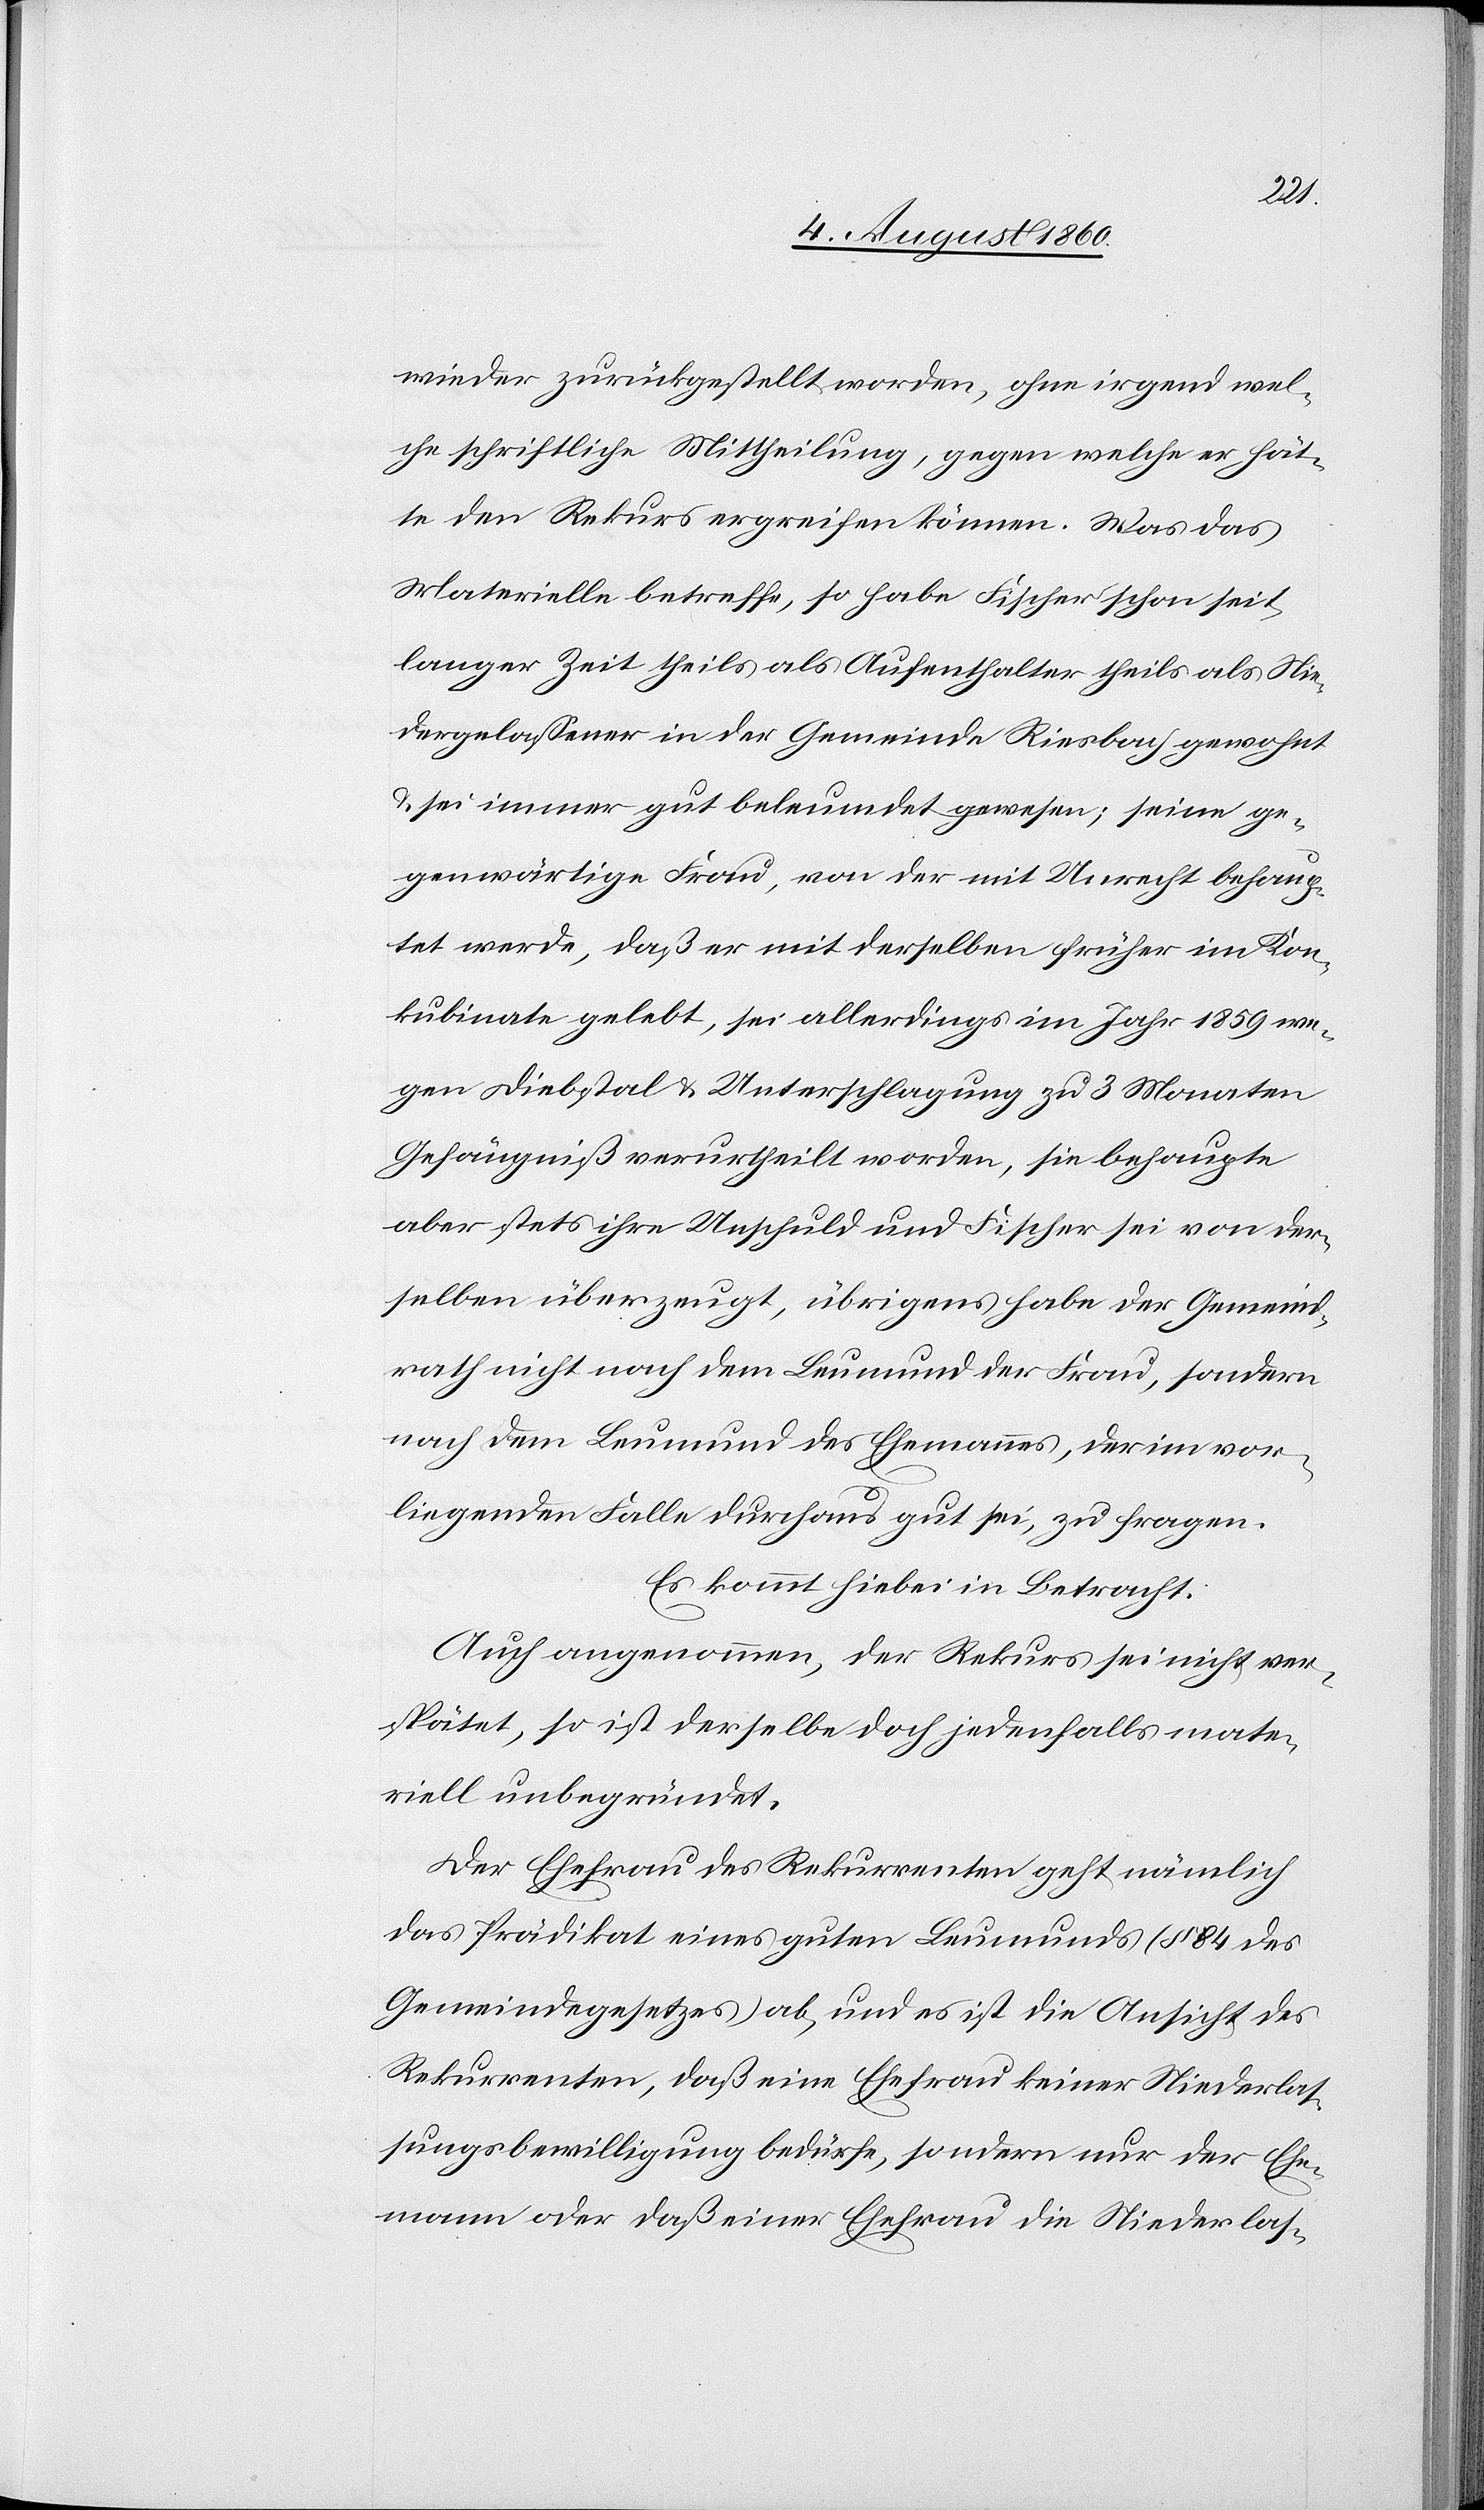
wieder zurückgestellt worden, ohne irgend wel¬
che schriftliche Mittheilung, gegen welche er hät¬
te den Rekurs ergreifen können. Was das
Materielle betreffe, so habe Fischer schon seit
langer Zeit theils als Aufenthalter theils als Nie¬
dergelassener in der Gemeinde Riesbach gewohnt
u. sei immer gut beleumdet gewesen; seine ge¬
genwärtige Frau, von der mit Unrecht behaup¬
tet werde, daß er mit derselben früher im Kon¬
kubinate gelebt, sei allerdings im Jahr 1859 we¬
gen Diebstal & Unterschlagung zu 3 Monaten
Gefängniss verurtheilt worden, sie behaupte
aber stets ihre Unschuld und Fischer sei von der¬
selben überzeugt; übrigens habe der Gemeind¬
rath nicht nach dem Leumund der Frau, sondern
nach dem Leumund des Ehemannes, der im vor¬
liegenden Falle durchaus gut sei, zu fragen.
Es kommt hiebei in Betracht:
Auch angenommen, der Rekurs sei nicht ver¬
spätet, so ist derselbe doch jedenfalls mate¬
riell unbegründet.
Der Ehefrau des Rekurrenten geht nämlich
das Prädikat eines guten Leumunds (§. 84. des
Gemeindegesetzes) ab, und es ist die Ansicht des
Rekurrenten, dass eine Ehefrau keiner Niederlas¬
sungsbewilligung bedürfe, sondern nur der Ehe¬
mann oder dass einer Ehefrau die Niederlas-